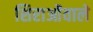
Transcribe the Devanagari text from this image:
शिराओंवाले